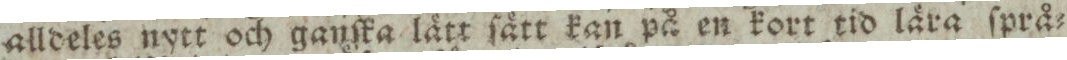
alldeles nytt och ganſka lätt ſätt kan på en kort tid lära ſprå=